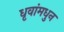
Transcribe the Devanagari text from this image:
धृवांमधुन